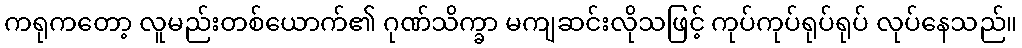
ကရုကတော့ လူမည်းတစ်ယောက်၏ ဂုဏ်သိက္ခာ မကျဆင်းလိုသဖြင့် ကုပ်ကုပ်ရုပ်ရုပ် လုပ်နေသည်။